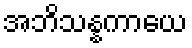
အဘိသန္နကာယေ